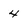
Character: 4